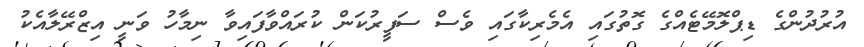
އުރުދުންގެ ޑިޕްލޮމޭޓެއްގެ ގޮތުގައި އެމެރިކާގައި ވެސް ސަފީރުކަން ކުރައްވާފައިވާ ނިމާހު ވަނީ އިޒްރޭލާއެކު